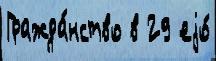
Гражда́нство в 29 еjо́